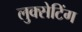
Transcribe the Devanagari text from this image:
लुक्सेटिंग